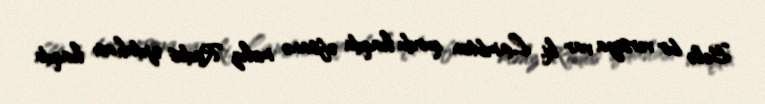
Belə bir versiya var ki, Lambton qurdu haqda əfsanə məhz Rodos əjdahası haqda